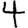
Digit: 4